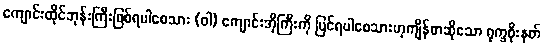
ကျောင်းထိုင်ဘုန်းကြီးဖြစ်ရပါစေသား (ဝါ) ကျောင်းအိုကြီးကို ပြင်ရပါစေသားဟုကျိန်စာဆိုသော ရုက္ခစိုးနတ်